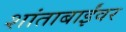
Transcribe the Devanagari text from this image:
शांताबाईंवर